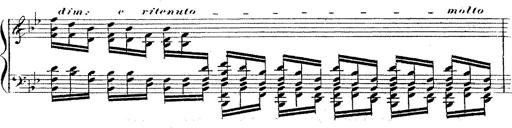
Title: 12 Lieder von Franz Schubert
Composer: Franz Liszt